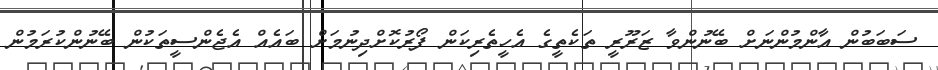
ސަބަބުން އާންމުންނަށް ބޭނުންވާ ޒަރޫރީ ތަކެތީގެ އެހީތެރިކަން ފޯރުކޮށްދިނުމަށް ބައެއް އެޖެންސީތަކުން ބޭނުންކުރަމުން